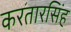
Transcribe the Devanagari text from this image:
करतारसिंह